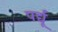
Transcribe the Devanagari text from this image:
पर्द्यू